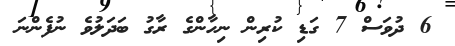
6 ދުވަސް 7 ގަޑި ކުރިން ނިހާންގެ ރާގު ބަދަލުވެ ނުފެންނަ